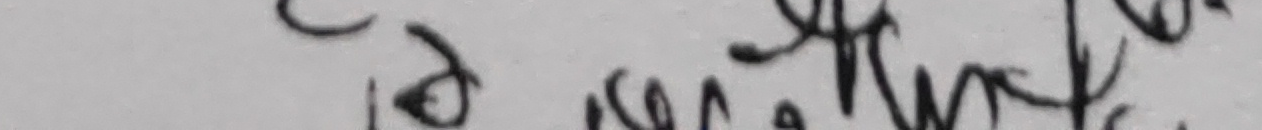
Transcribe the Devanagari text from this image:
ईच्छा